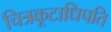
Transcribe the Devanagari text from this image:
चित्रकूटाधिपति